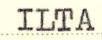
ILTA